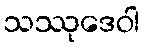
သဿုဒေဝါ